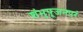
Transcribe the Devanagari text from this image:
शंभुपूजनपरं